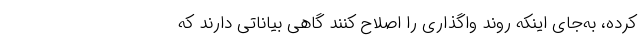
کرده، به‌جای اینکه روند واگذاری را اصلاح کنند گاهی بیاناتی دارند که